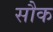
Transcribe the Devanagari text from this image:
सौक